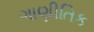
ગાણીતિક